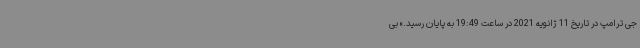
جی ترامپ در تاریخ 11 ژانویه 2021 در ساعت 19:49 به پایان رسید.» بی